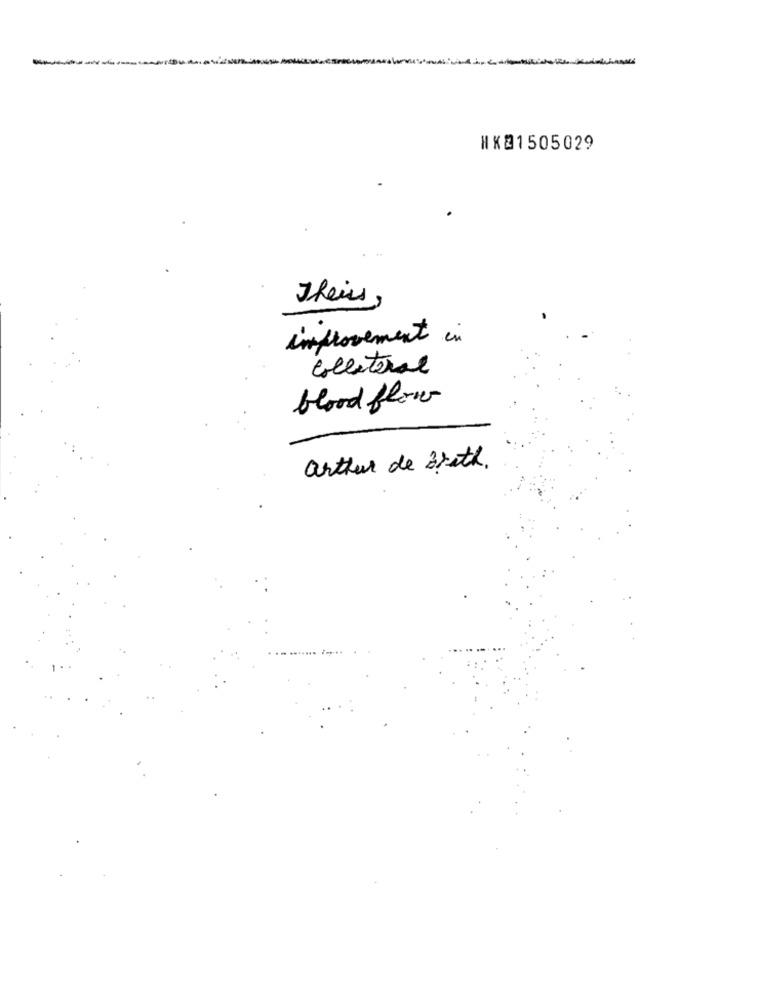
-----
-
WK21505029
Theirs,
improvement in
collateral
blood flow
arthur de Brath.